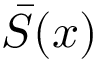
\bar { S } ( x )